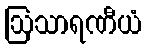
ဩသာရဏီယံ